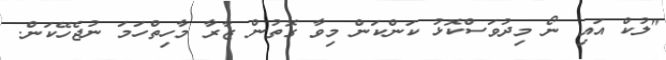
"ލުކް އައި ނޯ މިދުވަސްކޮޅު ކަންކަން މިވާ ގޮތުން ޒާރާ މާހިތްހަމަ ނުޖެހޭކަން.